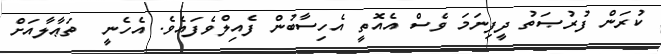
ކުރަން ފުރުޞަތު ދީފިނަމަ ވެސް އެއޮތީ އެހިސާބުން ފެއިލްވެފައެވެ. އެހެނީ  ތަޢާލާއަށް